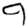
Digit: 9